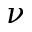
\nu